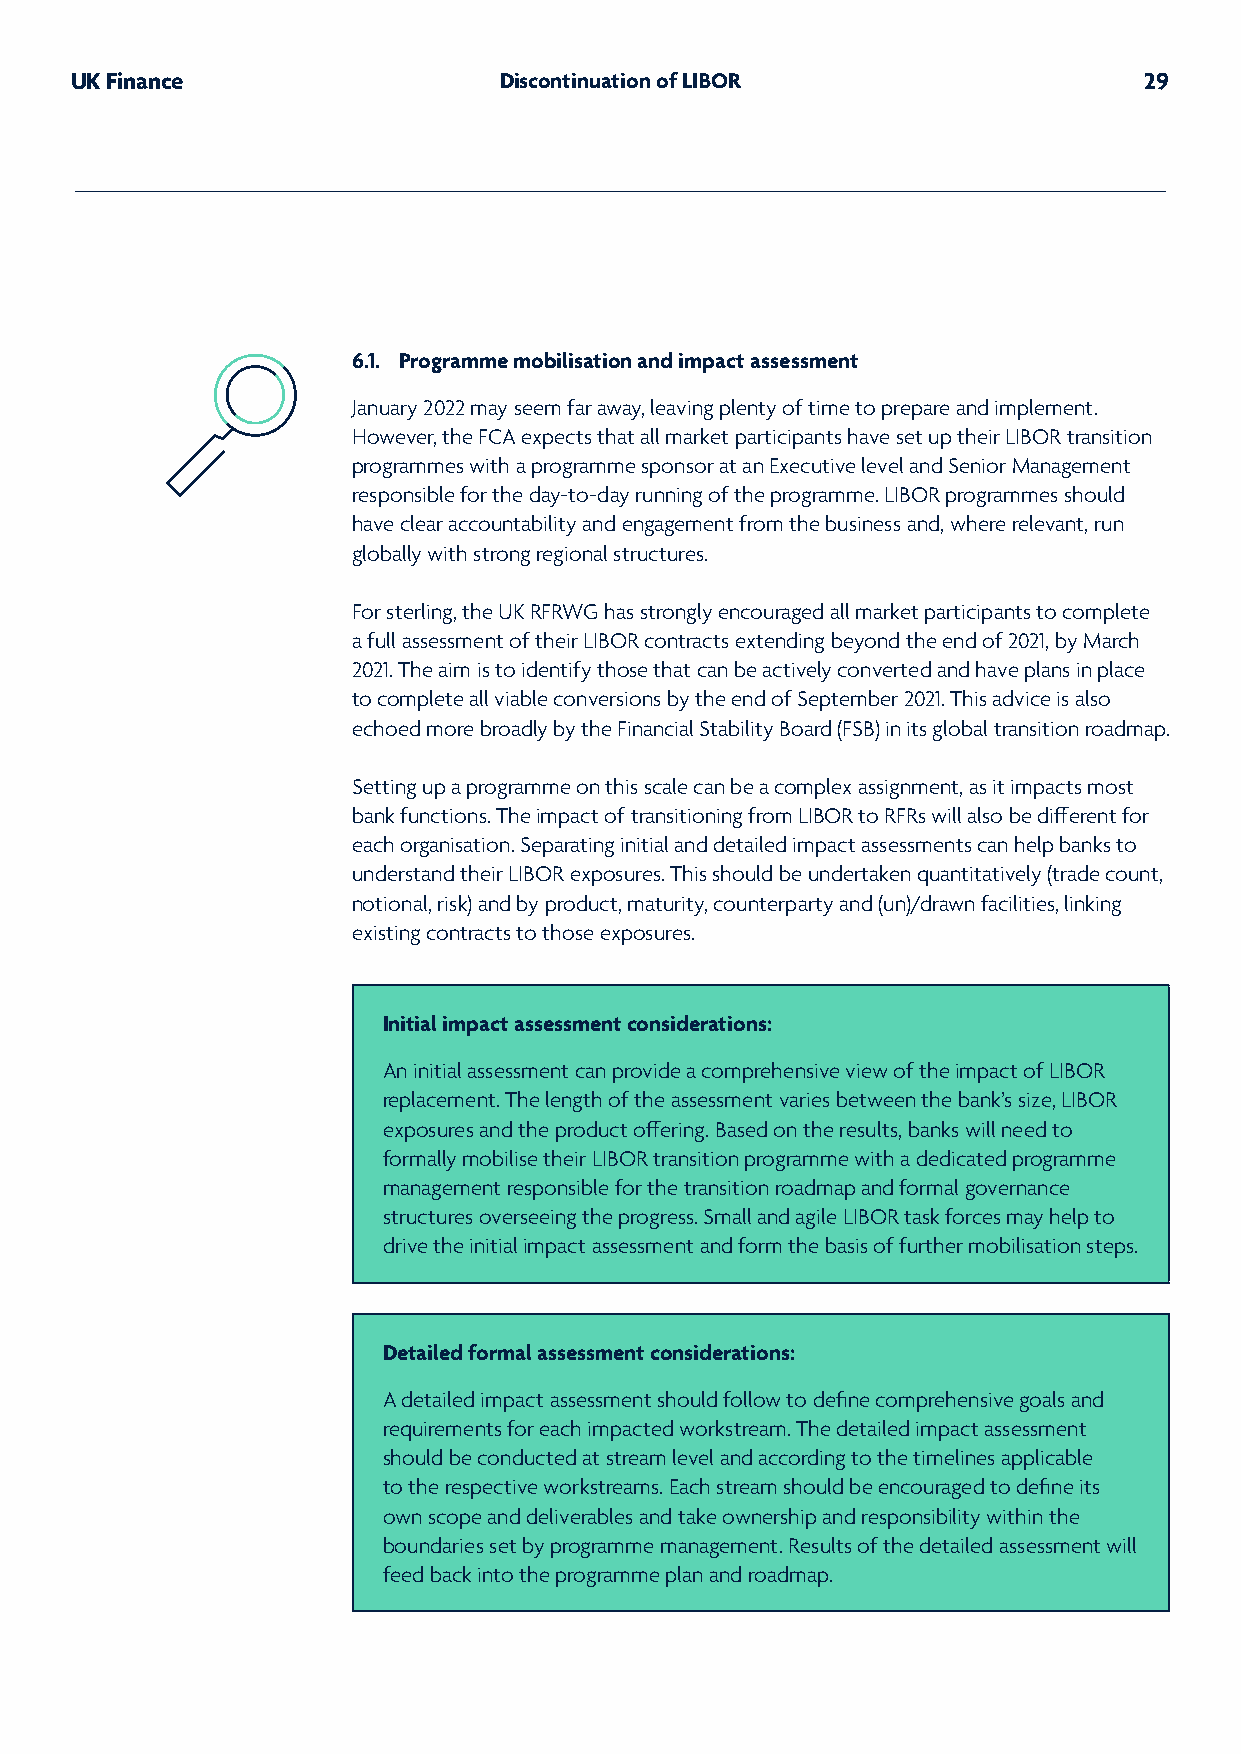
UK Finance                  Discontinuation of LIBOR                   29
 6.1. Programme mobilisation and impact assessment
 January 2022 may seem far away, leaving plenty of time to prepare and implement.
 However, the FCA expects that all market participants have set up their LIBOR transition
 programmes with a programme sponsor at an Executive level and Senior Management
 responsible for the day-to-day running of the programme. LIBOR programmes should
 have clear accountability and engagement from the business and, where relevant, run
 globally with strong regional structures.
 For sterling, the UK RFRWG has strongly encouraged all market participants to complete
 a full assessment of their LIBOR contracts extending beyond the end of 2021, by March
 2021. The aim is to identify those that can be actively converted and have plans in place
 to complete all viable conversions by the end of September 2021. This advice is also
 echoed more broadly by the Financial Stability Board (FSB) in its global transition roadmap.
 Setting up a programme on this scale can be a complex assignment, as it impacts most
 bank functions. The impact of transitioning from LIBOR to RFRs will also be different for
 each organisation. Separating initial and detailed impact assessments can help banks to
 understand their LIBOR exposures. This should be undertaken quantitatively (trade count,
 notional, risk) and by product, maturity, counterparty and (un)/drawn facilities, linking
 existing contracts to those exposures.
 Initial impact assessment considerations:
 An initial assessment can provide a comprehensive view of the impact of LIBOR
 replacement. The length of the assessment varies between the bank’s size, LIBOR
 exposures and the product offering. Based on the results, banks will need to
 formally mobilise their LIBOR transition programme with a dedicated programme
 management responsible for the transition roadmap and formal governance
 structures overseeing the progress. Small and agile LIBOR task forces may help to
 drive the initial impact assessment and form the basis of further mobilisation steps.
 Detailed formal assessment considerations:
 A detailed impact assessment should follow to define comprehensive goals and
 requirements for each impacted workstream. The detailed impact assessment
 should be conducted at stream level and according to the timelines applicable
 to the respective workstreams. Each stream should be encouraged to define its
 own scope and deliverables and take ownership and responsibility within the
 boundaries set by programme management. Results of the detailed assessment will
 feed back into the programme plan and roadmap.